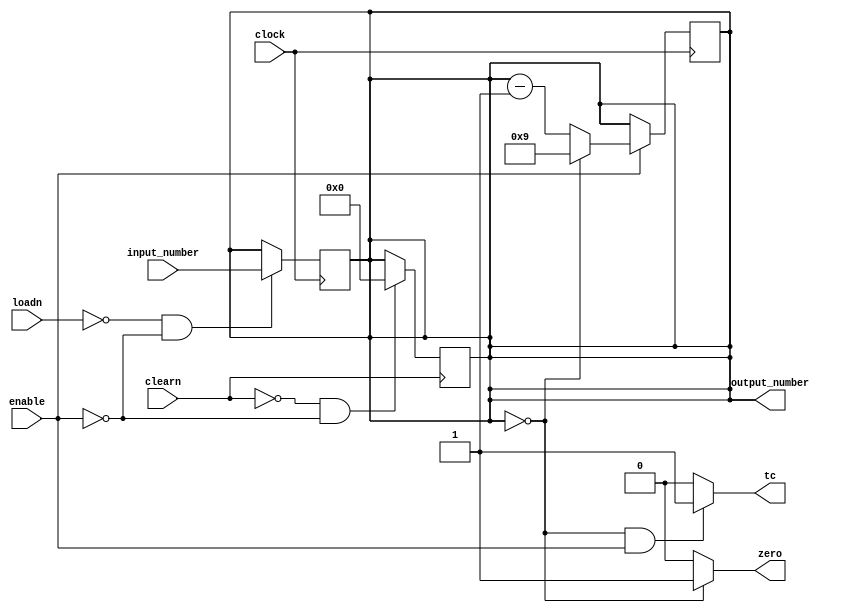
module mod10_counter(
    input wire [3:0] input_number,
    input wire loadn,
    input wire clearn,
    input wire clock,
    input wire enable,
    output wire [3:0] output_number,
    output wire tc,
    output wire zero
    );


    reg[3:0] number;
    assign output_number = number;
    assign tc = ((number == 0) & enable) ? 1 : 0;
    assign zero = (number == 0) ? 1 : 0;

    always@(posedge clock)
        begin
            if(enable)
                begin
                    if(number == 4'b0000)
                        begin
                            number <= 4'b1001;
                        end
                    else
                        begin
                            number <= number-1;
                        end
                end
        end 

    always@(posedge clock)
        begin
            if(!loadn & !enable)
                begin
                    number <= input_number;
                end
        end

    always@(negedge clearn)
        begin
            if(!clearn & !enable)
                begin
                    number <= 4'b0000;
                end
        end

endmodule

//Esse cdigo faz a contagem descrescente de 9 at 1 enquanto o sinal de enable est ativo. 
//Esse cdigo faz com que o nmero de input passe para o prximo contador quando estamos com o timer completo.
//Esse cdigo reinicia o valor do dgito quando o valor de clear (ativo em LOW)  0. 
//Temos um contador mod10, que simplesmente passa o valor de input como output se loadn=0 e realiza contagem decrescente quando o sinal de enable=1.
//Quando a contagem chega a 0 e o enable=1, tc=1. Esse valor  passado como enable do prximo contador, e s dura por 1 pulso de clock, j que a contagem  reiniciada
//Quando chega a 0, tempos tambm a sada "zero", que  ligada a uma porta AND. No timer, se em todos os contadores zero=1, ento a entrada timer_done do controle  ativada e o microondas para.